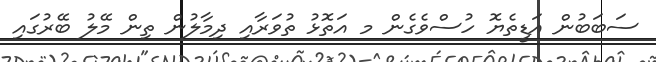
ސަބަބުން އަޑީތެޔޮ ހުސްވެގެން މ އަތޮޅު ތުވަރާއި ދިމާލުން ތިން މޭލު ބޭރުގައި